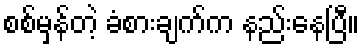
စစ်မှန်တဲ့ ခံစားချက်က နည်းနေပြီ။